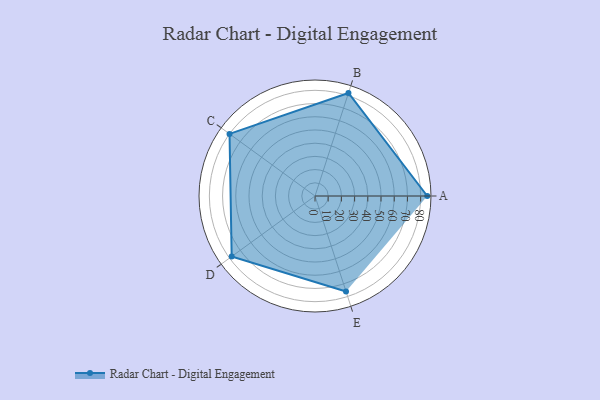
{"axis": {"x": "Skill", "y": "Score"}, "legend": ["Profile"], "data": [{"x": "A", "y": 85.0, "type": "Profile"}, {"x": "B", "y": 82.0, "type": "Profile"}, {"x": "C", "y": 80.0, "type": "Profile"}, {"x": "D", "y": 78.0, "type": "Profile"}, {"x": "E", "y": 76.0, "type": "Profile"}]}